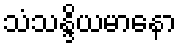
သံသန္ဒိယမာနော